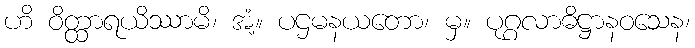
ဟိ ဝိတ္ထာရယိဿာမိ၊ အံ့။ ပဌမနယတော၊ မှ။ ပုဂ္ဂလာဓိဋ္ဌာနဝသေန၊